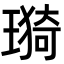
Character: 𤨦